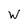
Character: W